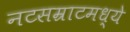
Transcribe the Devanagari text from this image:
नटसम्राटमध्ये